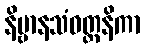
နိဗ္ဗာနသံဝတ္တနိကာ